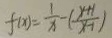
f ( x ) = \frac { 1 } { x } - ( \frac { x + 1 } { x - 1 } )